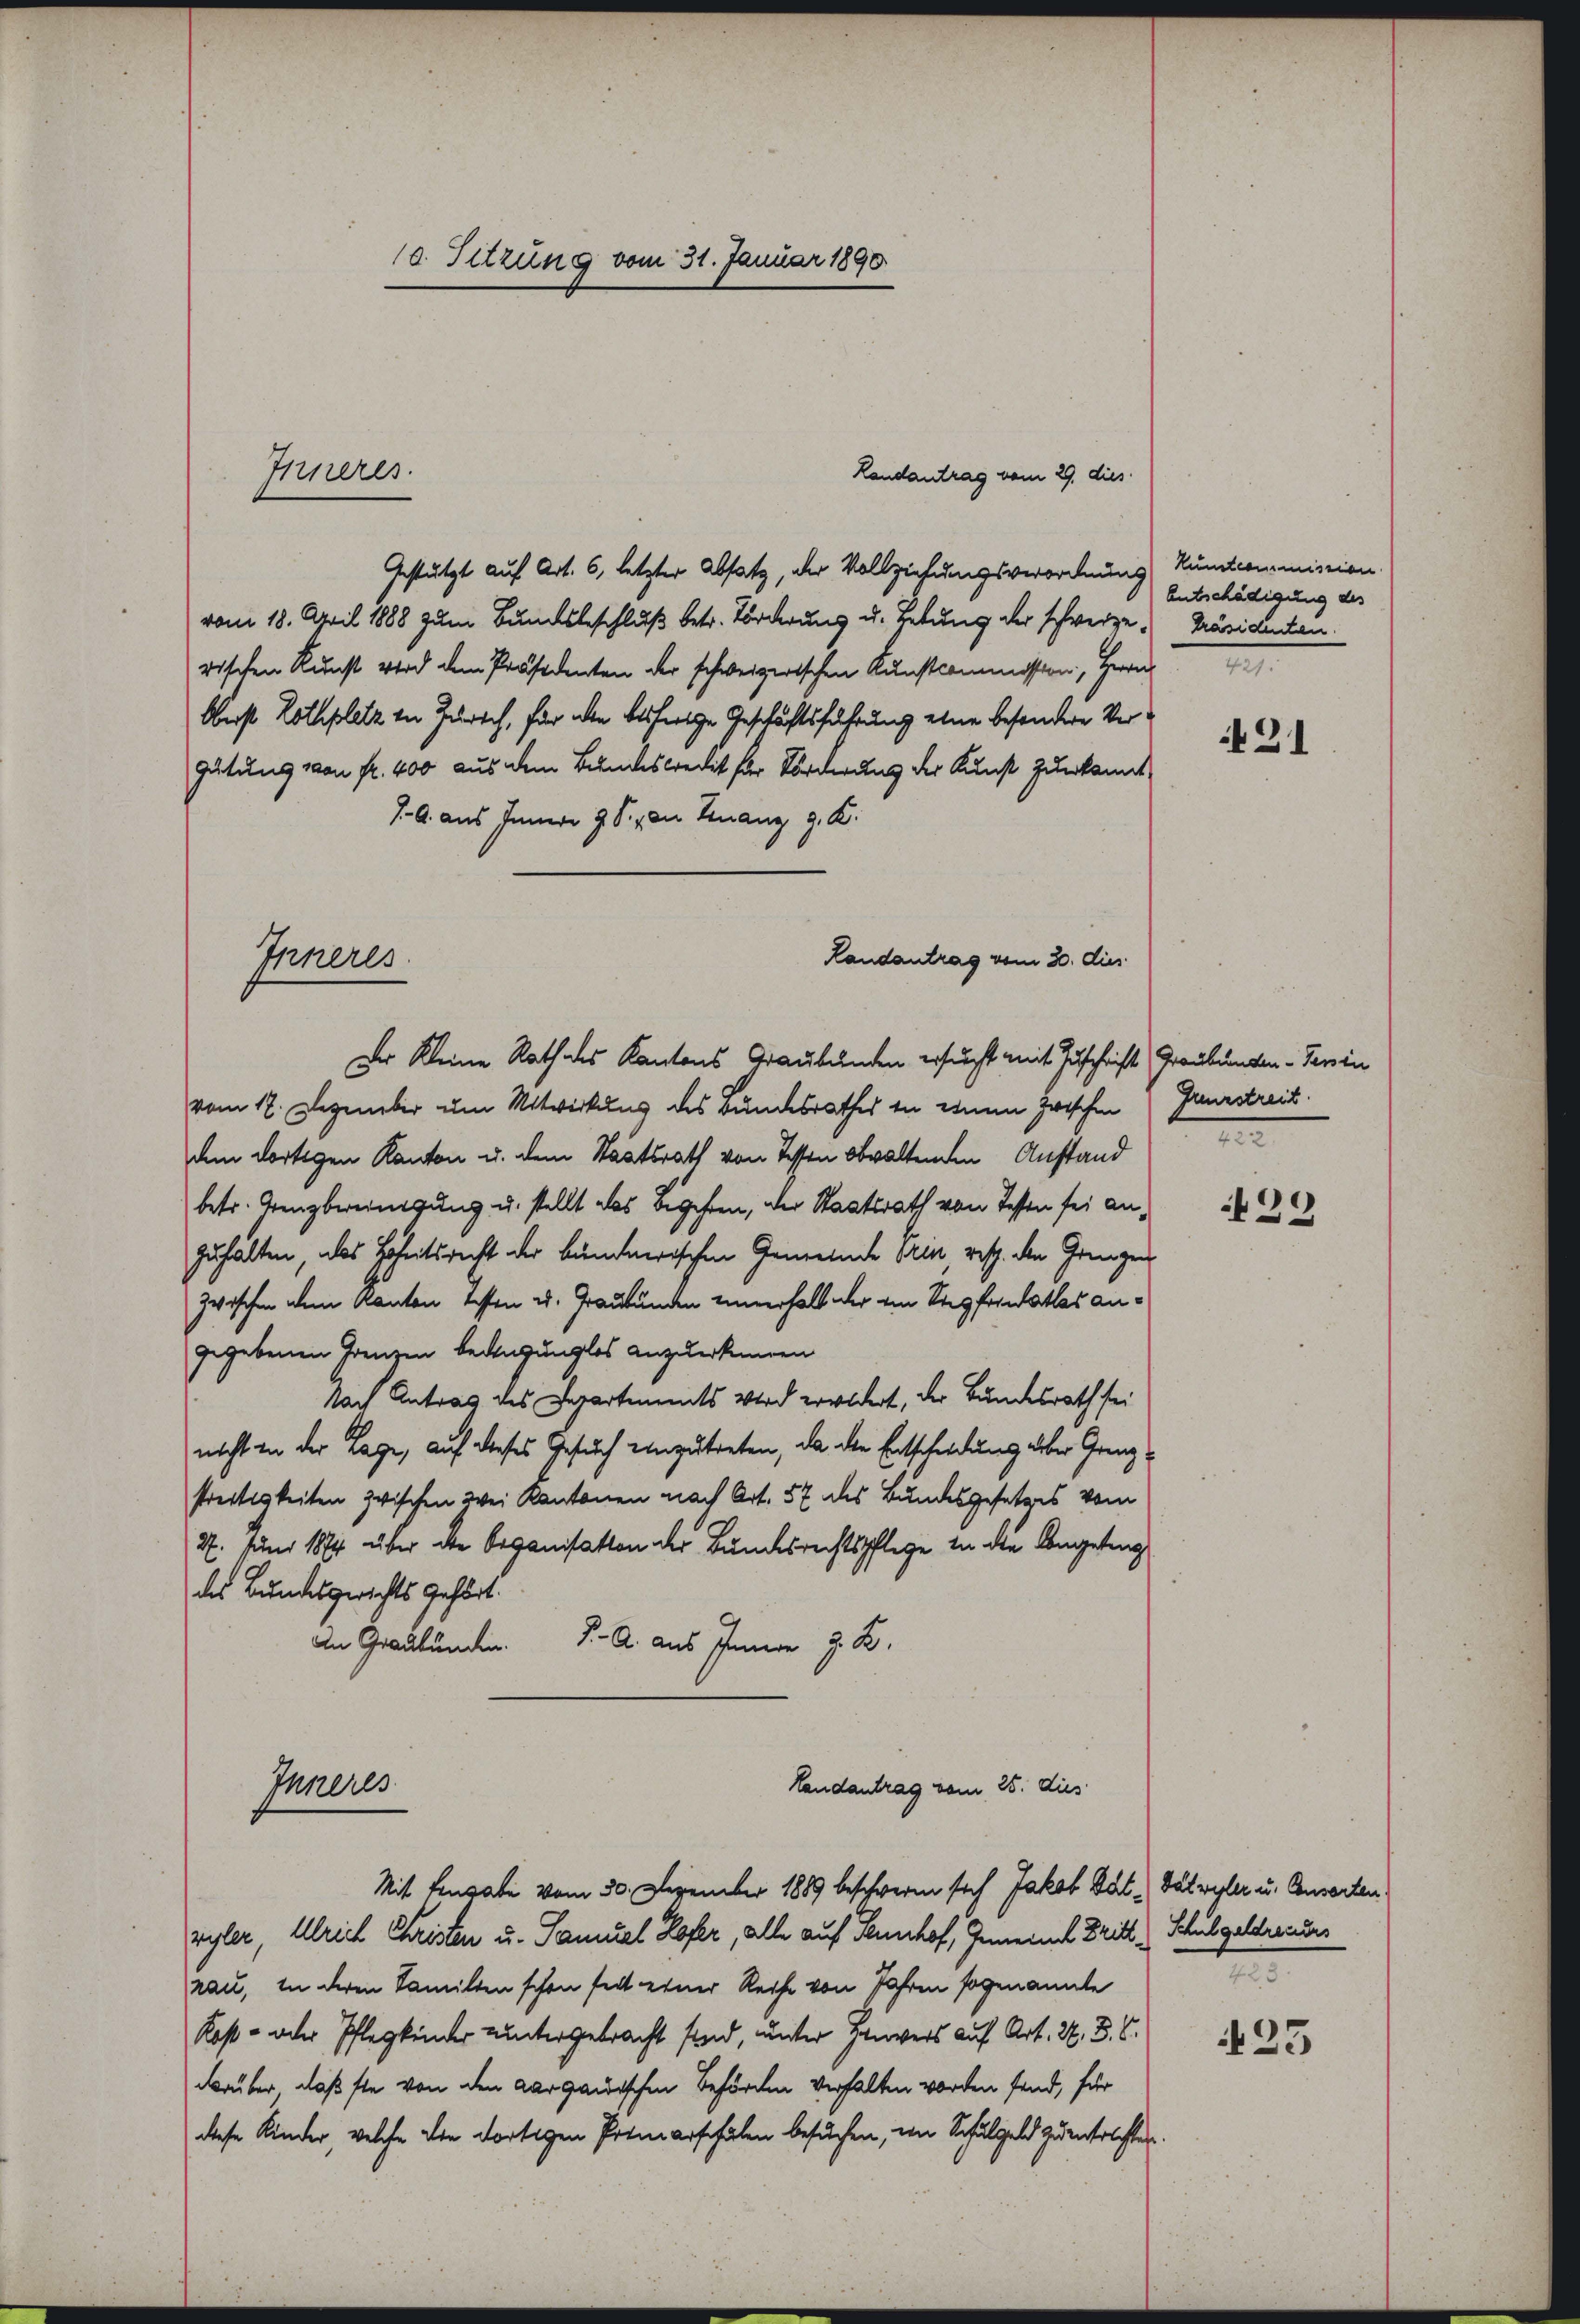
10. Sitzung vom 31. Januar 1890
Inneres.
Landantrag vom 29. dies

Gestützt auf Art. 6, letzter Absatz, der Vollziehungsverordnung kuntcommission
vom 18. April 1888 zum Bundesbeschluß betr. Förderung u. Letung der schweize-Präsidenten
rischen Kunst wird dem Präsidenten der schweizerischen Kunstkommission, Herrn
Oberst Lothplatz von Zürich, für den bisherige Geschäftsführung eine besondere Ver¬
Gütung von fr. 400 aus dem Bundeskredit für Förderung der Kunst zuerkannt
J. A. aus Innern J. S. von Finanz g. K.
Randantrag vom 30. dies
Inneres.

Der Kleine Rath des Kantons Graubünden ersucht mit Zuschrift Graubungen - Tessin

vom 12. Dezember um Mitwirkung des Bundesrathes in einem zwischen
dem dortigen Kanton u. dem Staatsrath von dessen obwaltenden Anstand
betr. Grenzbereinigung u. stellt das Begehren, der Staatsrath von Tessen sei anzuhalten, als Hoheitsrecht der bündnerischen Gemeinde Sein resp. den Gringen
zwischen dem Kanton dessen u. Graubünden einverhalt der von Siegfronathes angegebenen Grenzen bedingunglos anzuerkennen
Nach Antrag des Departements Wird erwidert, der Bundesrath sei
nicht in der Lage, auf dieses Gesuch einzutreten, da die Entscheidung über Grenzstreitigkeiten zwischen wei Kantonen nach Art. 57 des Bundesgesetzes vom
27. Juni 1874 über die Organisation der Bundesrechtspflege in die Angetrag
des Bundesgerichts gehört.
An Graubünden.              A. aus Inner z. B.

Landantrag vom 28. dies
Inneres
Mit Eingabe vom 30. Dezember 1889 beschweren sich Jakob Bcht. Das wegler u. Consorten
vyler, Ulrich Christen u. Samuel Hofer, alle auf Sennhof, Gemeinde Dritt Schulgeldendes

rau, in deren Familien schon seit einer Reihe von Jahren sogenannte
Kast - oder Pflegkinder untergebracht sind, unter Henvers auf Art. 27. B. S.
darüber, daß sie von den Aarganischen Behörden verhalten worden sind, für
diese Kinder, welche die dortigen Primarschälen besuchen, von Schulgeld zu entrichten.

Entschädigung des

431

Greuzstreit

439

.

423